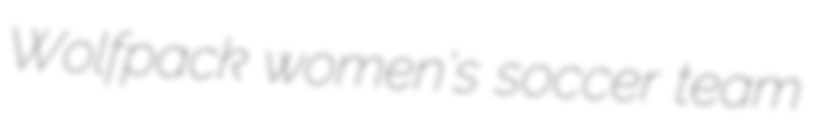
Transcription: Wolfpack women's soccer team